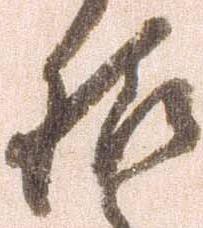
様